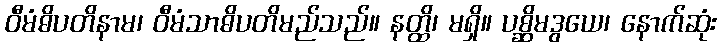
ဝီမံဓိပတိနာမ၊ ဝီမံသာဓိပတိမည်သည်။ နတ္ထိ၊ မရှိ။ ပစ္ဆိမဒွယေ၊ နောက်ဆုံး